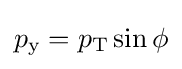
p_{\text{y}}=p_{\text{T}}\sin \phi